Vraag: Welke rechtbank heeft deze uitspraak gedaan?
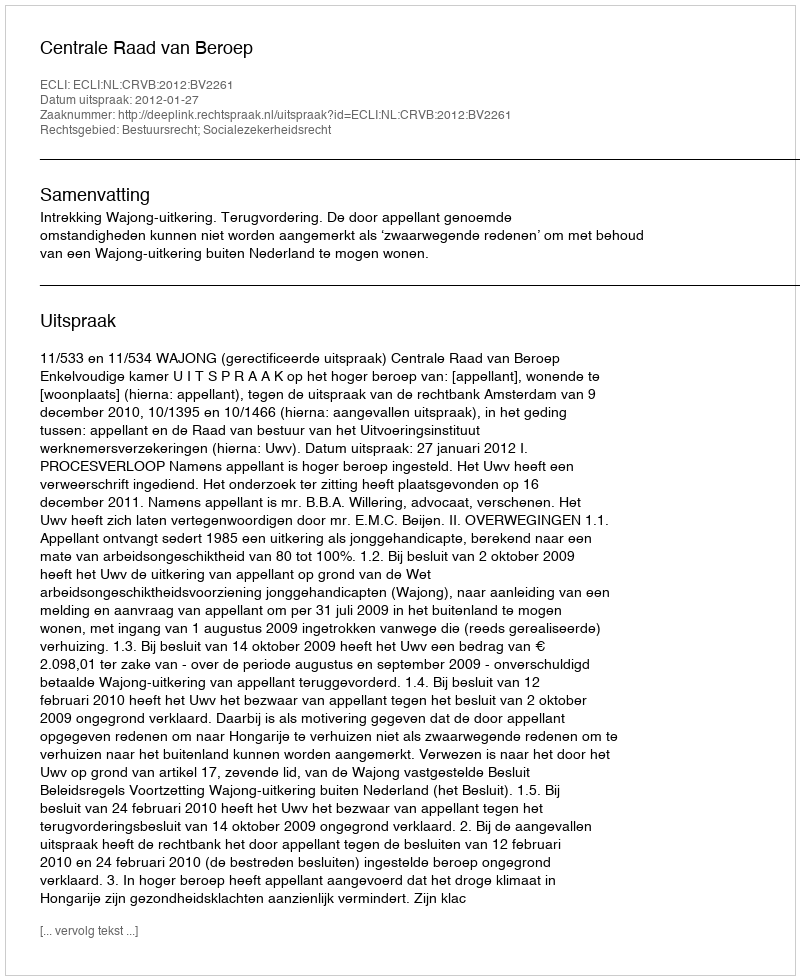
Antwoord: Centrale Raad van Beroep